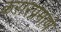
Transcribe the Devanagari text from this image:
करारप्रमाणे